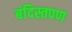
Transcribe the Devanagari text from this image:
बंदिस्तपण